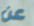
عن